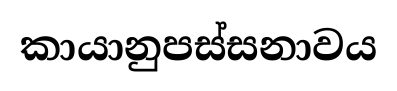
කායානුපස්සනාවය